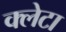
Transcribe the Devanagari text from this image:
क्लेटा